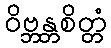
ဝိဗ္ဘန္တစိတ္တံ